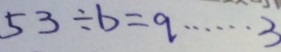
5 3 \div b = q \cdots 3